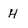
Character: H